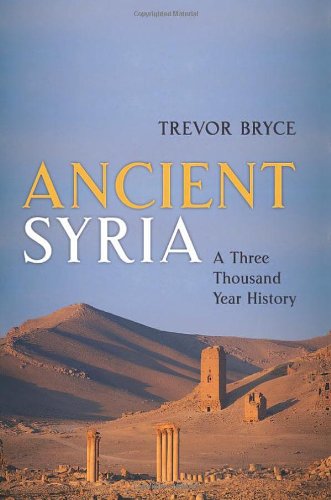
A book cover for Ancient Syria: A Three Thousand Year History; Trevor Bryce; History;